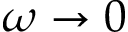
\omega \to 0